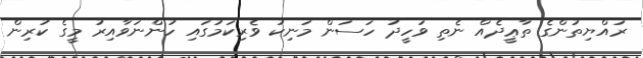
ރައްޔިތުންގެ ތާޢީދެއް ނެތި ވަހީދު ހަސަން މަނިކު ވެރިކަމުގައި ހުންނަވާއިރު މީގެ ކުރިން